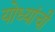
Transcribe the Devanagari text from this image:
योध्यांची